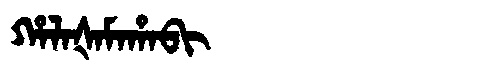
Manchu: ᡥᠠᠯᠠᡧᠠᠮᠠᡥᠠᠪᡳ
Romanization: HALAŠAMAHABI